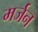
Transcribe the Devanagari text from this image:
मर्जन